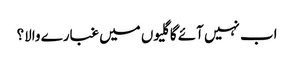
اب نہیں آئے گا گلیوں میں غبارے والا؟